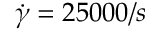
\dot { \gamma } = 2 5 0 0 0 / s